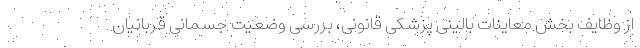
از وظایف بخش معاینات بالینی پزشکی قانونی، بررسی وضعیت جسمانی قربانیان